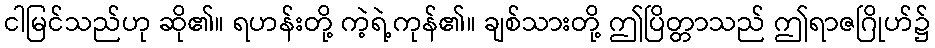
ငါမြင်သည်ဟု ဆို၏။ ရဟန်းတို့ ကဲ့ရဲ့ကုန်၏။ ချစ်သားတို့ ဤပြိတ္တာသည် ဤရာဇဂြိုဟ်၌